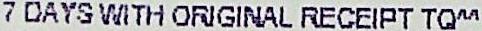
7 DAYS WITH ORIGINAL RECEIPT TQ^^